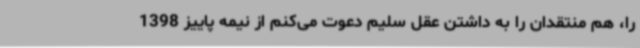
را، هم منتقدان را به داشتن عقل سلیم دعوت می‌کنم از نیمه پاییز 1398